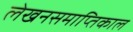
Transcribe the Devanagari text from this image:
लेखनसमाप्तिकाल